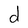
Character: d